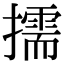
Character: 擩